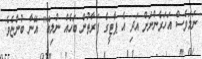
ނަމަވެސް އަހަރެންނަށް އަދި އެ ޕާޓީގެ ފަރާތުން ބަހެއް ނުލިބޭ" އޭނާ ބުންޏެވެ.